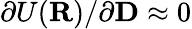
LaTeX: \partial U({\mathbf R})/\partial{\mathbf D}\approx 0